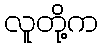
လူတို့က